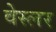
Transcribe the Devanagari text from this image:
वेस्लर